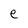
Character: e